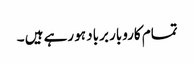
تمام کاروبار برباد ہو رہے ہیں ۔